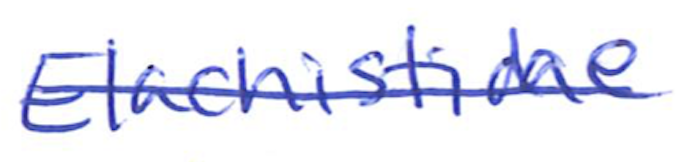
Text: Elachistidae
Cross-out: single-line
Writing tool: ballpoint